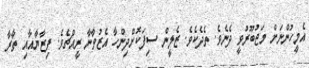
އެމީހުންނަށް މަޖުބޫރުވީ ދެނެވެ. ތެދެކެވެ. ޒެލީން ސިފަކޮށްދިންހާ އެޒުވާނާ ރީއްޗެވެ. ފިޒާޔާއާއި ތާރާ